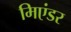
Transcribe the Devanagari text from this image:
मिएंडर